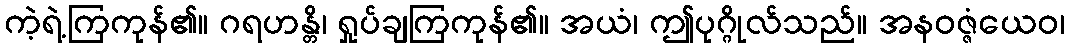
ကဲ့ရဲ့ကြကုန်၏။ ဂရဟန္တိ၊ ရှုပ်ချကြကုန်၏။ အယံ၊ ဤပုဂ္ဂိုလ်သည်။ အနဝဇ္ဇံယေဝ၊